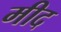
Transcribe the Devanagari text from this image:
मीद